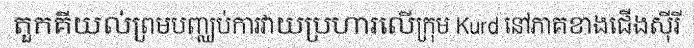
តួកគីយល់ព្រមបញ្ឈប់ការវាយប្រហារលើក្រុម Kurd នៅភាគខាងជើងស៊ីរី